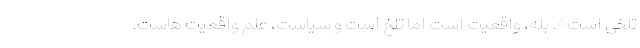
تلخی است». بله، واقعیت است اما تلخ است و سیاست، علم واقعیت هاست.